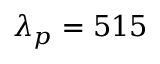
\lambda _ { p } = 5 1 5